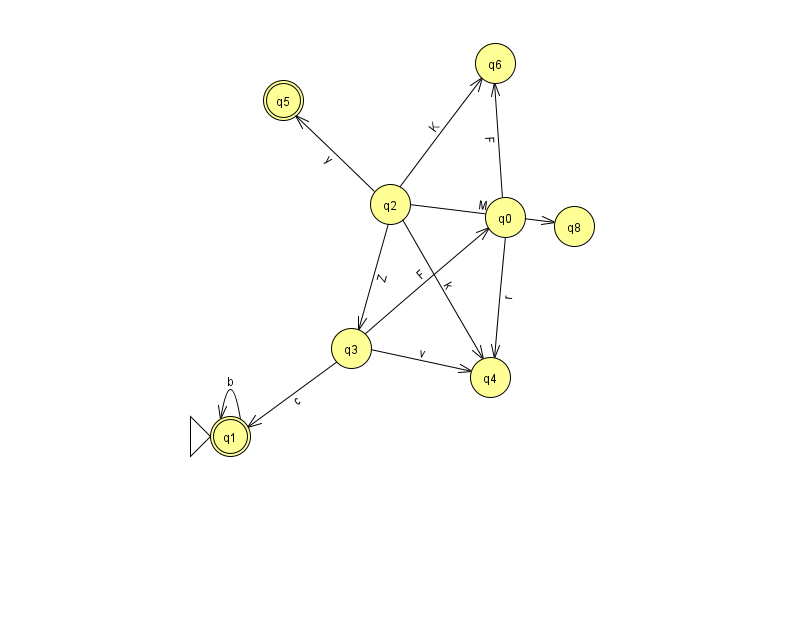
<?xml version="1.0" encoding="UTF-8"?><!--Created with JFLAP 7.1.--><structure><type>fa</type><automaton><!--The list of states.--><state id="0" name="q0"><x>505.0</x><y>204.0</y></state><state id="1" name="q1"><x>230.0</x><y>423.0</y><initial/><final/></state><state id="2" name="q2"><x>390.0</x><y>191.0</y></state><state id="3" name="q3"><x>351.0</x><y>335.0</y></state><state id="4" name="q4"><x>490.0</x><y>364.0</y></state><state id="5" name="q5"><x>283.0</x><y>87.0</y><final/></state><state id="6" name="q6"><x>495.0</x><y>50.0</y></state><state id="8" name="q8"><x>574.0</x><y>213.0</y></state><!--The list of transitions.--><transition><from>3</from><to>1</to><read>c</read></transition><transition><from>3</from><to>4</to><read>v</read></transition><transition><from>1</from><to>1</to><read>b</read></transition><transition><from>0</from><to>4</to><read>r</read></transition><transition><from>2</from><to>6</to><read>K</read></transition><transition><from>3</from><to>0</to><read>F</read></transition><transition><from>2</from><to>5</to><read>y</read></transition><transition><from>2</from><to>4</to><read>k</read></transition><transition><from>0</from><to>6</to><read>F</read></transition><transition><from>2</from><to>8</to><read>M</read></transition><transition><from>2</from><to>3</to><read>Z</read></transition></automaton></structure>